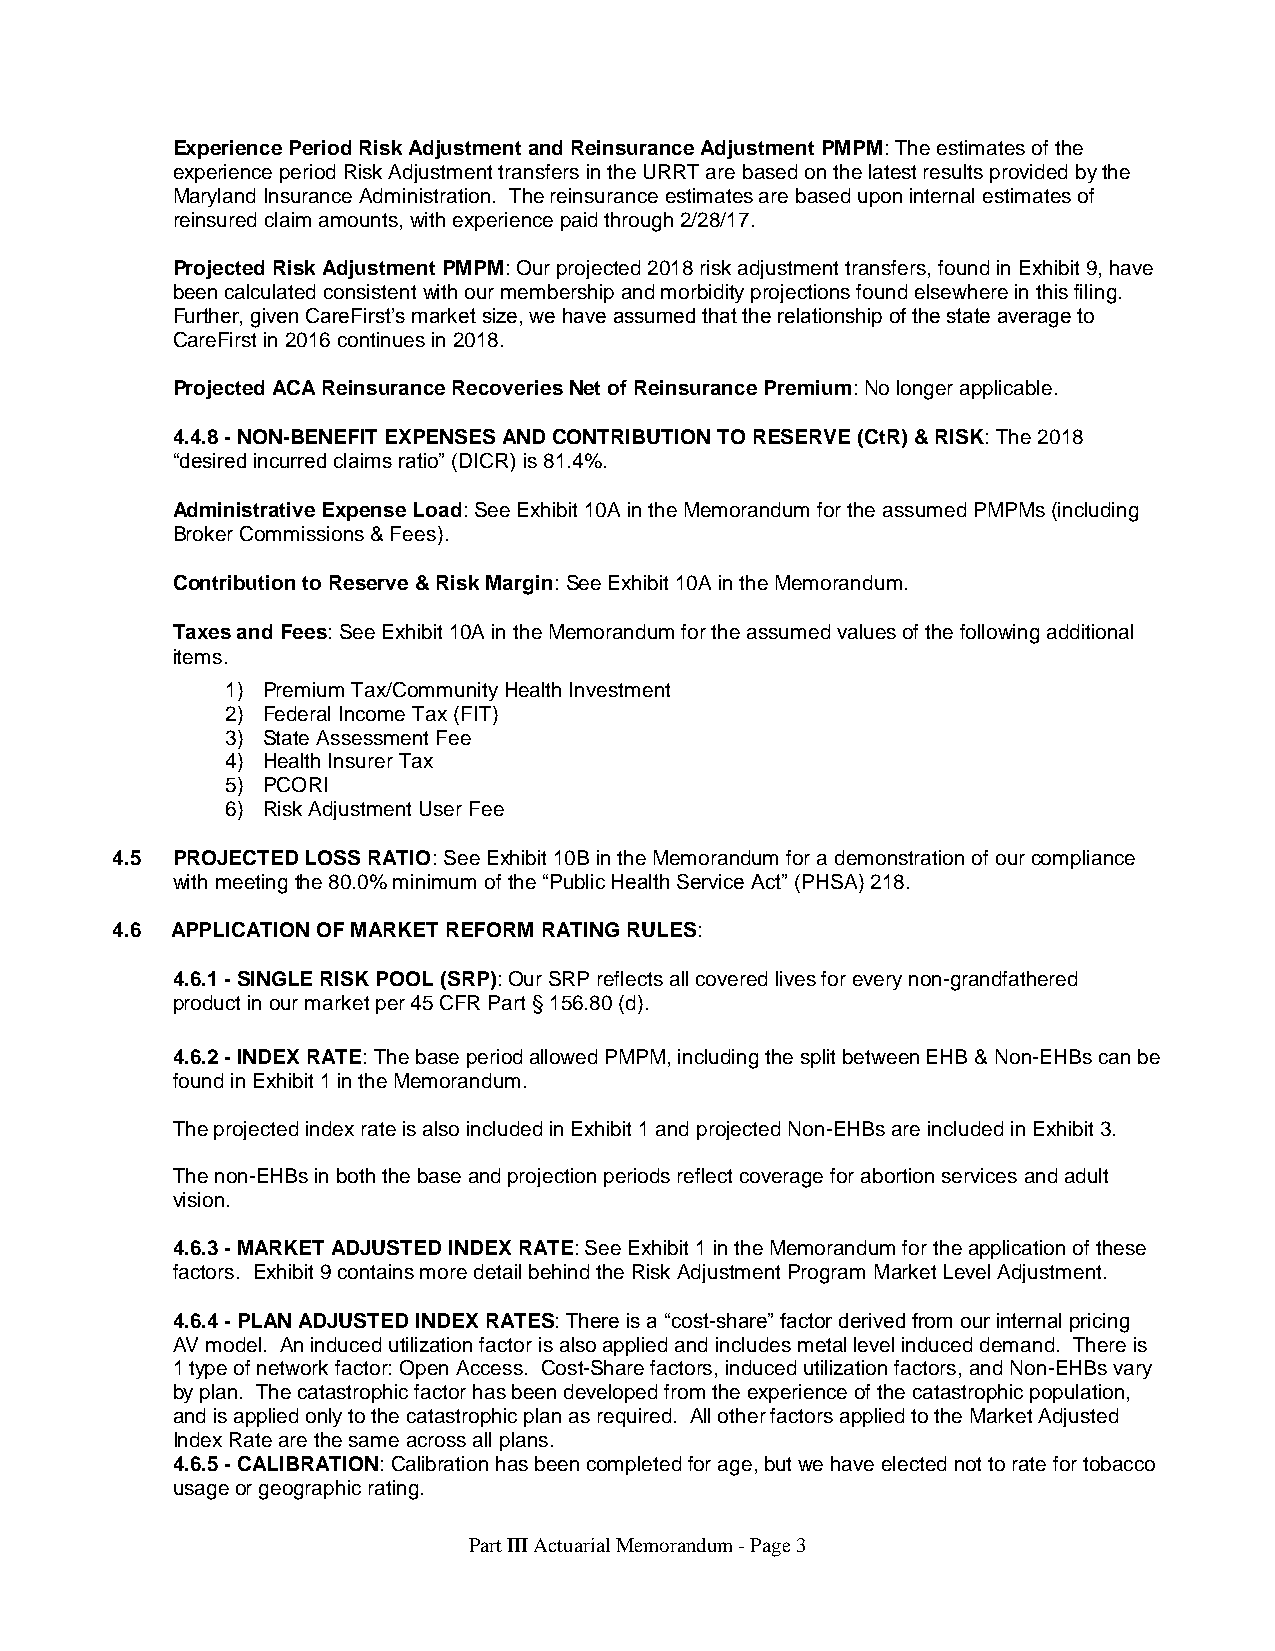
Experience Period Risk Adjustment and Reinsurance Adjustment PMPM: The estimates of the
 experience period Risk Adjustment transfers in the URRT are based on the latest results provided by the
 Maryland Insurance Administration. The reinsurance estimates are based upon internal estimates of
 reinsured claim amounts, with experience paid through 2/28/17.
 Projected Risk Adjustment PMPM: Our projected 2018 risk adjustment transfers, found in Exhibit 9, have
 been calculated consistent with our membership and morbidity projections found elsewhere in this filing.
 Further, given CareFirst’s market size, we have assumed that the relationship of the state average to
 CareFirst in 2016 continues in 2018.
 Projected ACA Reinsurance Recoveries Net of Reinsurance Premium: No longer applicable.
 4.4.8 - NON-BENEFIT EXPENSES AND CONTRIBUTION TO RESERVE (CtR) & RISK: The 2018
 “desired incurred claims ratio” (DICR) is 81.4%.
 Administrative Expense Load: See Exhibit 10A in the Memorandum for the assumed PMPMs (including
 Broker Commissions & Fees).
 Contribution to Reserve & Risk Margin: See Exhibit 10A in the Memorandum.
 Taxes and Fees: See Exhibit 10A in the Memorandum for the assumed values of the following additional
 items.
 1) Premium Tax/Community Health Investment
 2) Federal Income Tax (FIT)
 3) State Assessment Fee
 4) Health Insurer Tax
 5) PCORI
 6) Risk Adjustment User Fee
 4.5 PROJECTED LOSS RATIO: See Exhibit 10B in the Memorandum for a demonstration of our compliance
 with meeting the 80.0% minimum of the “Public Health Service Act” (PHSA) 218.
 4.6 APPLICATION OF MARKET REFORM RATING RULES:
 4.6.1 - SINGLE RISK POOL (SRP): Our SRP reflects all covered lives for every non-grandfathered
 product in our market per 45 CFR Part § 156.80 (d).
 4.6.2 - INDEX RATE: The base period allowed PMPM, including the split between EHB & Non-EHBs can be
 found in Exhibit 1 in the Memorandum.
 The projected index rate is also included in Exhibit 1 and projected Non-EHBs are included in Exhibit 3.
 The non-EHBs in both the base and projection periods reflect coverage for abortion services and adult
 vision.
 4.6.3 - MARKET ADJUSTED INDEX RATE: See Exhibit 1 in the Memorandum for the application of these
 factors. Exhibit 9 contains more detail behind the Risk Adjustment Program Market Level Adjustment.
 4.6.4 - PLAN ADJUSTED INDEX RATES: There is a “cost-share” factor derived from our internal pricing
 AV model. An induced utilization factor is also applied and includes metal level induced demand. There is
 1 type of network factor: Open Access. Cost-Share factors, induced utilization factors, and Non-EHBs vary
 by plan. The catastrophic factor has been developed from the experience of the catastrophic population,
 and is applied only to the catastrophic plan as required. All other factors applied to the Market Adjusted
 Index Rate are the same across all plans.
 4.6.5 - CALIBRATION: Calibration has been completed for age, but we have elected not to rate for tobacco
 usage or geographic rating.
 Part III Actuarial Memorandum - Page 3